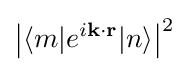
{\big |}\langle m|e^{i\mathbf {k} \cdot \mathbf {r} }|n\rangle {\big |}^{2}